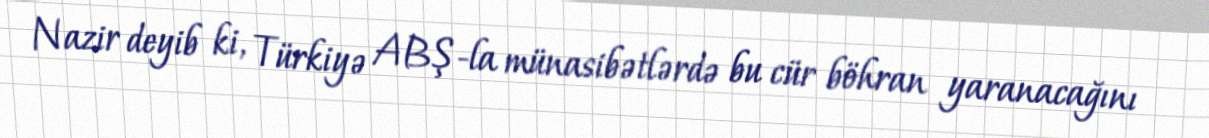
Nazir deyib ki, Türkiyə ABŞ-la münasibətlərdə bu cür böhran yaranacağını